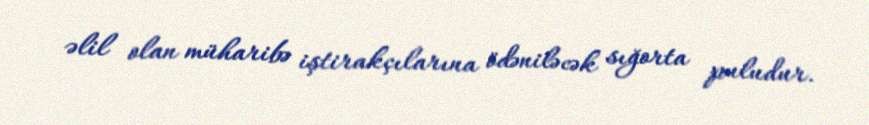
əlil olan müharibə iştirakçılarına ödəniləcək sığorta puludur.